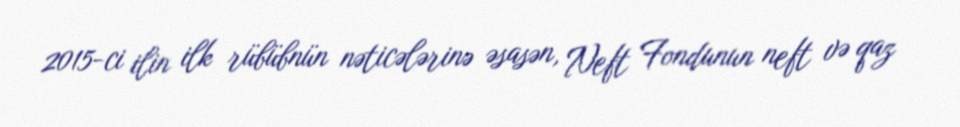
2015-ci ilin ilk rübübnün nəticələrinə əsasən, Neft Fondunun neft və qaz